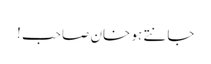
جانتے ہو خان صاحب !